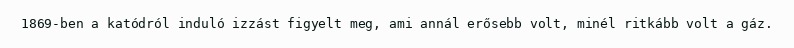
1869-ben a katódról induló izzást figyelt meg, ami annál erősebb volt, minél ritkább volt a gáz.